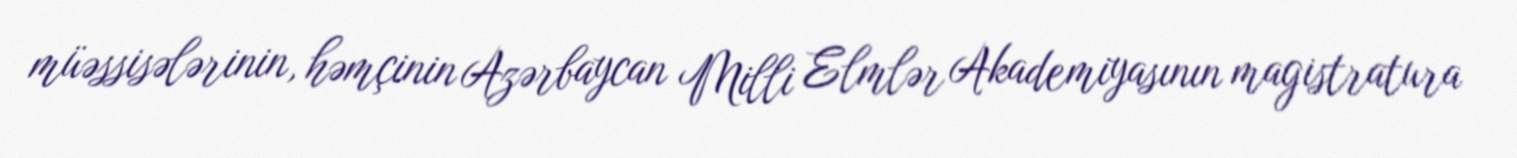
müəssisələrinin, həmçinin Azərbaycan Milli Elmlər Akademiyasının magistratura